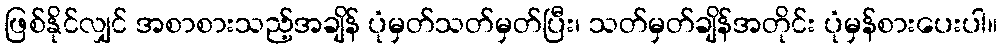
ဖြစ်နိုင်လျှင် အစာစားသည့်အချိန် ပုံမှတ်သတ်မှတ်ပြီး၊ သတ်မှတ်ချိန်အတိုင်း ပုံမှန်စားပေးပါ။